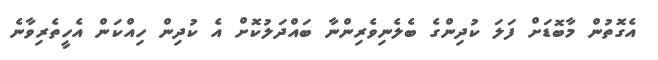
އެގޮތުން މާބޮޑަށް ފަލަ ކުދިންގެ ބެލެނިވެރިންނާ ބައްދަލުކޮށް އެ ކުދިން ހިއްކަން އެހީތެރިވާނެ